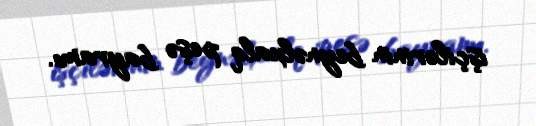
işçilərinin beynəlxalq peşə bayramı.